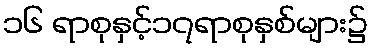
၁၆ ရာစုနှင့်၁၇ရာစုနှစ်များ၌